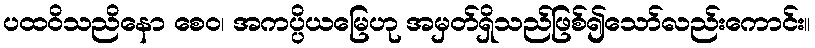
ပထဝိသညိနော စေဝ၊ အကပ္ပိယမြေဟု အမှတ်ရှိသည်ဖြစ်၍သော်လည်းကောင်း။